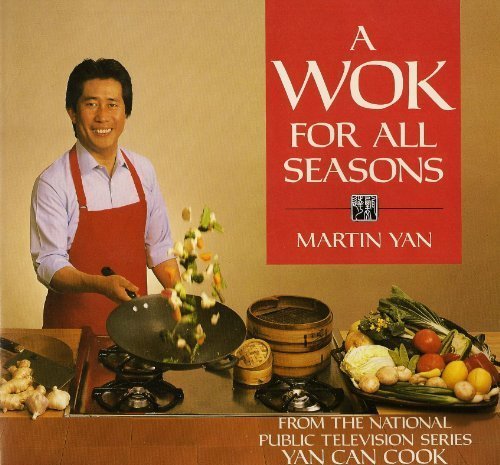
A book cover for A Wok For All Seasons; Martin Yan; Cookbooks, Food & Wine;